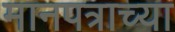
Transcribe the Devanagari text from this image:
मानपत्राच्या